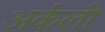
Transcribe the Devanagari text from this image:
अर्कली